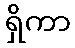
ရှိကာ